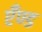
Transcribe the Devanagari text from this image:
एँण्ड